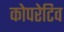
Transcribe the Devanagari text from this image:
कोपरेटिव